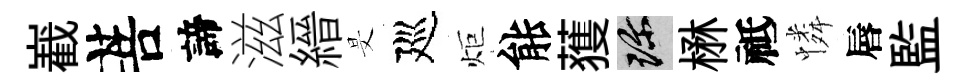
嶻菩諦滋縉旻廵炬䏻𫉬珍楙祗憐唇監